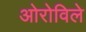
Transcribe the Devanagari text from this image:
ओरोविले